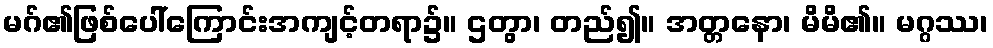
မဂ်၏ဖြစ်ပေါ်ကြောင်းအကျင့်တရာ၌။ ဌတွာ၊ တည်၍။ အတ္တနော၊ မိမိ၏။ မဂ္ဂဿ၊